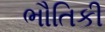
ભૌતિકી